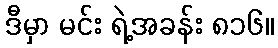
ဒီမှာ မင်း ရဲ့အခန်း ၈၁၆။